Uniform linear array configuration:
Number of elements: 64
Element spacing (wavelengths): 0.25
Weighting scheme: exponential
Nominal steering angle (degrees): -15
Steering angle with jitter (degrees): -13.853
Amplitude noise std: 0.05
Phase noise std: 0.05

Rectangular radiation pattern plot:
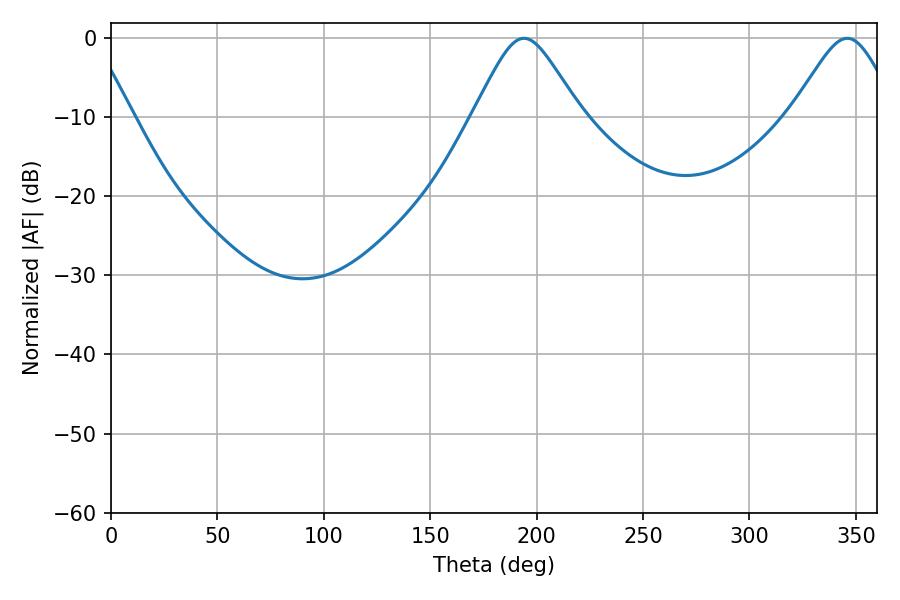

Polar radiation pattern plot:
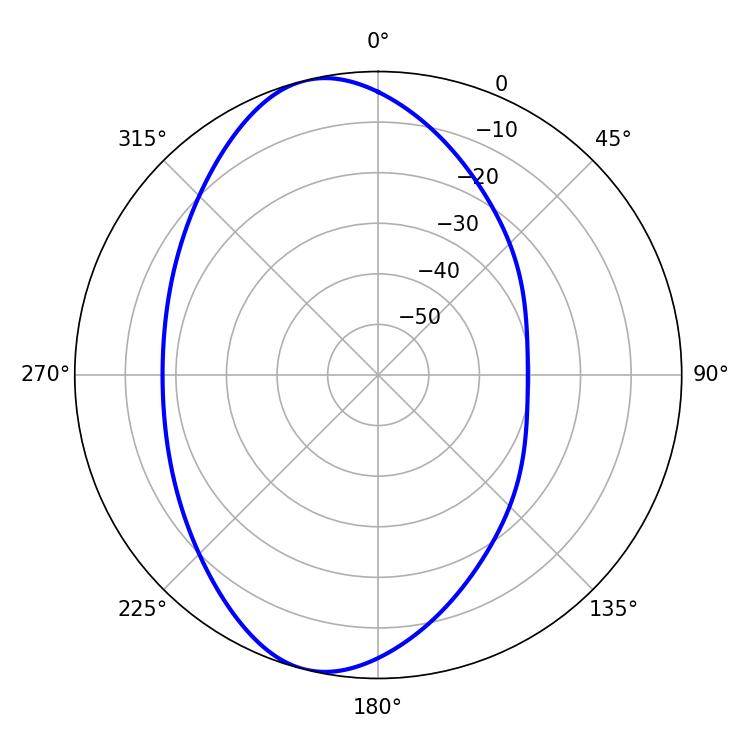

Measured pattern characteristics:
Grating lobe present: FALSE
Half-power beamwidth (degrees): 24.3
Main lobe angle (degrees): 194.04